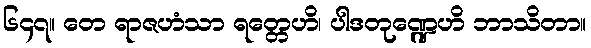
၆၄၇။ တေ ရာဇဟံသာ ရတ္တေဟိ၊ ပါဒတုဏ္ဍေဟိ ဘာသိတာ။